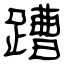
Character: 蹧